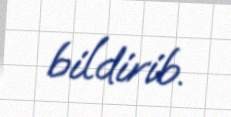
bildirib.